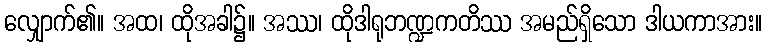
လျှောက်၏။ အထ၊ ထိုအခါ၌။ အဿ၊ ထိုဒါရုဘဏ္ဍကတိဿ အမည်ရှိသော ဒါယကာအား။